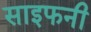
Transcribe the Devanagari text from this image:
साइफनी